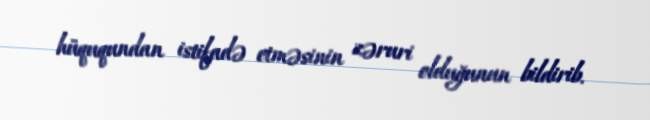
hüququndan istifadə etməsinin zəruri olduğunun bildirib.